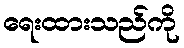
ရေးထားသည်ကို